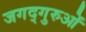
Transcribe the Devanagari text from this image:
जगद्गुरुओं